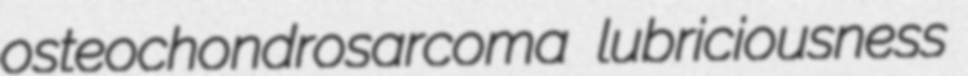
osteochondrosarcoma lubriciousness